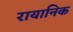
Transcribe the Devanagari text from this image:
रायानिक